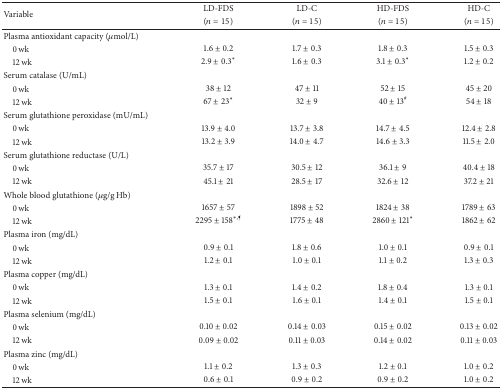
<table><thead><tr><td rowspan="2"><b>Variable</b></td><td><b>LD-FDS</b></td><td><b>LD-C</b></td><td><b>HD-FDS</b></td><td><b>HD-C</b></td></tr><tr><td><b>(<i>n</i> = 15)</b></td><td><b>(<i>n</i> = 15)</b></td><td><b>(<i>n</i> = 15)</b></td><td><b>(<i>n</i> = 15)</b></td></tr></thead><tbody><tr><td>Plasma antioxidant capacity (<i>μ</i>mol/L)</td><td> </td><td> </td><td> </td><td> </td></tr><tr><td> 0 wk</td><td>1.6 ± 0.2</td><td>1.7 ± 0.3</td><td>1.8 ± 0.3</td><td>1.5 ± 0.3</td></tr><tr><td> 12 wk</td><td>2.9 ± 0.3<sup><i>∗</i></sup></td><td>1.6 ± 0.3</td><td>3.1 ± 0.3<sup><i>∗</i></sup></td><td>1.2 ± 0.2</td></tr><tr><td>Serum catalase (U/mL)</td><td> </td><td> </td><td> </td><td> </td></tr><tr><td> 0 wk</td><td>38 ± 12</td><td>47 ± 11</td><td>52 ± 15</td><td>45 ± 20</td></tr><tr><td> 12 wk</td><td>67 ± 23<sup><i>∗</i></sup></td><td>32 ± 9</td><td>40 ± 13<sup>#</sup></td><td>54 ± 18</td></tr><tr><td>Serum glutathione peroxidase (mU/mL)</td><td> </td><td> </td><td> </td><td> </td></tr><tr><td> 0 wk</td><td>13.9 ± 4.0</td><td>13.7 ± 3.8</td><td>14.7 ± 4.5</td><td>12.4 ± 2.8</td></tr><tr><td> 12 wk</td><td>13.2 ± 3.9</td><td>14.0 ± 4.7</td><td>14.6 ± 3.3</td><td>11.5 ± 2.0</td></tr><tr><td>Serum glutathione reductase (U/L)</td><td> </td><td> </td><td> </td><td> </td></tr><tr><td> 0 wk</td><td>35.7 ± 17</td><td>30.5 ± 12</td><td>36.1 ± 9</td><td>40.4 ± 18</td></tr><tr><td> 12 wk</td><td>45.1 ± 21</td><td>28.5 ± 17</td><td>32.6 ± 12</td><td>37.2 ± 21</td></tr><tr><td>Whole blood glutathione (<i>μ</i>g/g Hb)</td><td> </td><td> </td><td> </td><td> </td></tr><tr><td> 0 wk</td><td>1657 ± 57</td><td>1898 ± 52</td><td>1824 ± 38</td><td>1789 ± 63</td></tr><tr><td> 12 wk</td><td>2295 ± 158<sup><i>∗</i>,¶</sup></td><td>1775 ± 48</td><td>2860 ± 121<sup><i>∗</i></sup></td><td>1862 ± 62</td></tr><tr><td>Plasma iron (mg/dL)</td><td> </td><td> </td><td> </td><td> </td></tr><tr><td> 0 wk</td><td>0.9 ± 0.1</td><td>1.8 ± 0.6</td><td>1.0 ± 0.1</td><td>0.9 ± 0.1</td></tr><tr><td> 12 wk</td><td>1.2 ± 0.1</td><td>1.0 ± 0.1</td><td>1.1 ± 0.2</td><td>1.3 ± 0.3</td></tr><tr><td>Plasma copper (mg/dL)</td><td> </td><td> </td><td> </td><td> </td></tr><tr><td> 0 wk</td><td>1.3 ± 0.1</td><td>1.4 ± 0.2</td><td>1.8 ± 0.4</td><td>1.3 ± 0.1</td></tr><tr><td> 12 wk</td><td>1.5 ± 0.1</td><td>1.6 ± 0.1</td><td>1.4 ± 0.1</td><td>1.5 ± 0.1</td></tr><tr><td>Plasma selenium (mg/dL)</td><td> </td><td> </td><td> </td><td> </td></tr><tr><td> 0 wk</td><td>0.10 ± 0.02</td><td>0.14 ± 0.03</td><td>0.15 ± 0.02</td><td>0.13 ± 0.02</td></tr><tr><td> 12 wk</td><td>0.09 ± 0.02</td><td>0.11 ± 0.03</td><td>0.14 ± 0.02</td><td>0.11 ± 0.03</td></tr><tr><td>Plasma zinc (mg/dL)</td><td> </td><td> </td><td> </td><td> </td></tr><tr><td> 0 wk</td><td>1.1 ± 0.2</td><td>1.3 ± 0.3</td><td>1.2 ± 0.1</td><td>1.0 ± 0.2</td></tr><tr><td> 12 wk</td><td>0.6 ± 0.1</td><td>0.9 ± 0.2</td><td>0.9 ± 0.2</td><td>1.0 ± 0.2</td></tr></tbody></table>